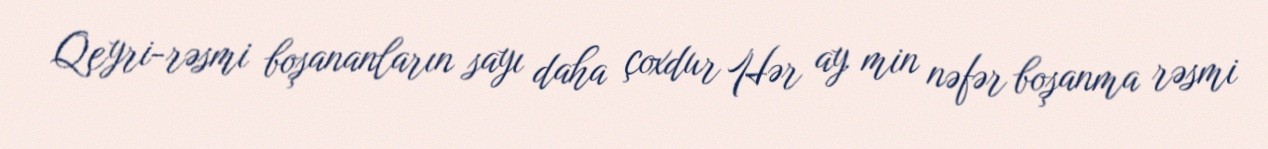
Qeyri-rəsmi boşananların sayı daha çoxdur Hər ay min nəfər boşanma rəsmi